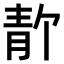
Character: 𫕸